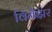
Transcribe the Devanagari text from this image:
विनैझर